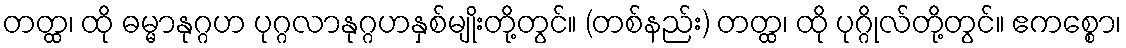
တတ္ထ၊ ထို ဓမ္မာနုဂ္ဂဟ ပုဂ္ဂလာနုဂ္ဂဟနှစ်မျိုးတို့တွင်။ (တစ်နည်း) တတ္ထ၊ ထို ပုဂ္ဂိုလ်တို့တွင်။ ဧကစ္စော၊